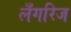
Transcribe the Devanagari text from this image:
लँगरिज